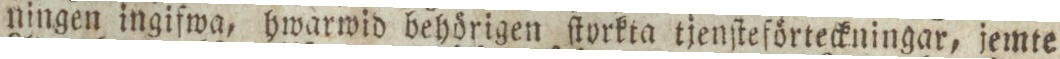
ningen ingifwa, hwarwid behörigen ſtyrkta tjenſteförteckningar, jemte